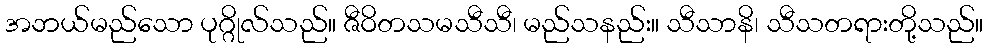
အဘယ်မည်သော ပုဂ္ဂိုလ်သည်။ ဇီဝိတသမသီသီ၊ မည်သနည်း။ သီသာနိ၊ သီသတရားတို့သည်။